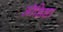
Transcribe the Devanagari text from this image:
ऒडिशा